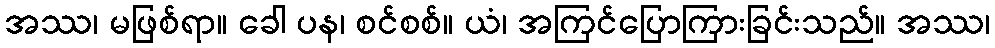
အဿ၊ မဖြစ်ရာ။ ခေါ ပန၊ စင်စစ်။ ယံ၊ အကြင်ပြောကြားခြင်းသည်။ အဿ၊